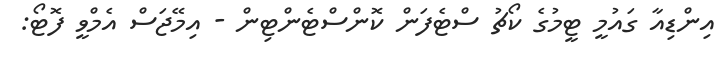
އިންޑިއާ ގައުމީ ޓީމުގެ ކޯޗު ސްޓެފަން ކޮންސްޓެންޓިން - އިމޭޖަސް އެމްވީ ފޮޓޯ: